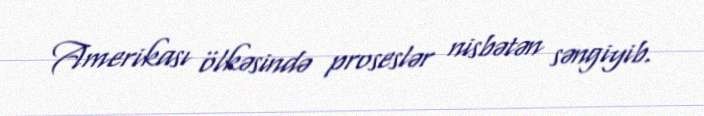
Amerikası ölkəsində proseslər nisbətən səngiyib.